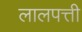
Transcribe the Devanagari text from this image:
लालपत्ती